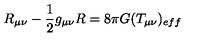
R _ { \mu \nu } - \frac { 1 } { 2 } g _ { \mu \nu } R = 8 \pi G ( T _ { \mu \nu } ) _ { e f f }